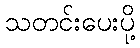
သတင်းပေးပို့